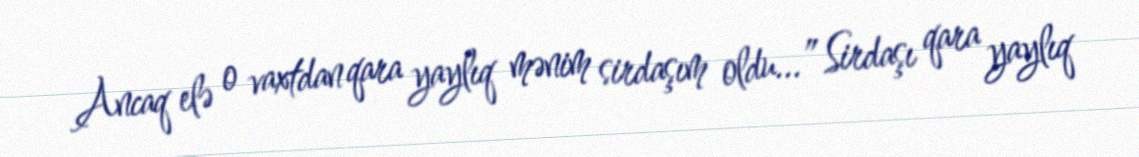
Ancaq elə o vaxtdan qara yaylıq mənim sirdaşım oldu...” Sirdaşı qara yaylıq